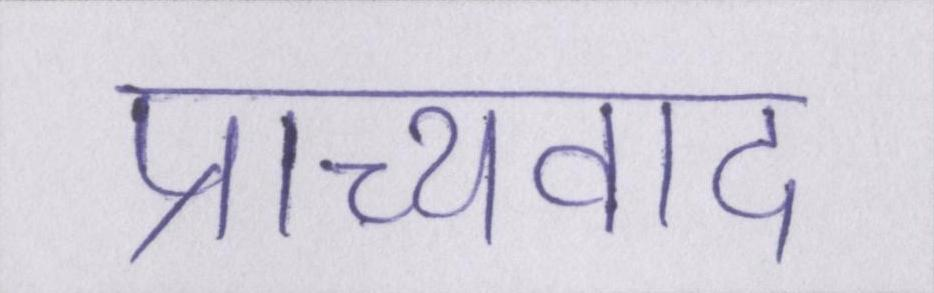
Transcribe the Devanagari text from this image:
प्राच्यवाद